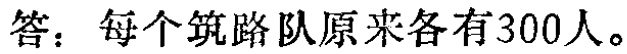
答：每个筑路队原来各有300人。